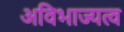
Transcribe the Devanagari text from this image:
अविभाज्यत्व